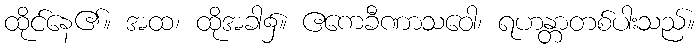
ထိုင်နေ၏။ အထ၊ ထိုအခါ၌။ ဧကေခီဏာသဝေါ၊ ရဟန္တာတစ်ပါးသည်။